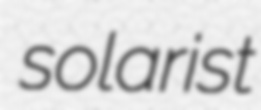
solarist